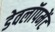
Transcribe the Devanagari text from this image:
डेवलॉपमेंट